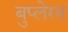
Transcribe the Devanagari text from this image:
बुप्लेरम